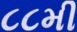
૮૮મી